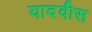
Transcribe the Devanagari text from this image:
यादवीस